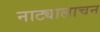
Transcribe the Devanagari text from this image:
नाट्यालाचन